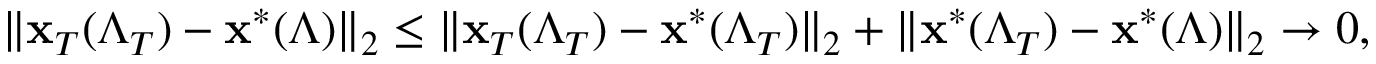
\| \mathbf { x } _ { T } ( \boldsymbol { \Lambda } _ { T } ) - \mathbf { x } ^ { \ast } ( \boldsymbol { \Lambda } ) \| _ { 2 } \le \| \mathbf { x } _ { T } ( \boldsymbol { \Lambda } _ { T } ) - \mathbf { x } ^ { \ast } ( \boldsymbol { \Lambda } _ { T } ) \| _ { 2 } + \| \mathbf { x } ^ { \ast } ( \boldsymbol { \Lambda } _ { T } ) - \mathbf { x } ^ { \ast } ( \boldsymbol { \Lambda } ) \| _ { 2 } \to 0 ,